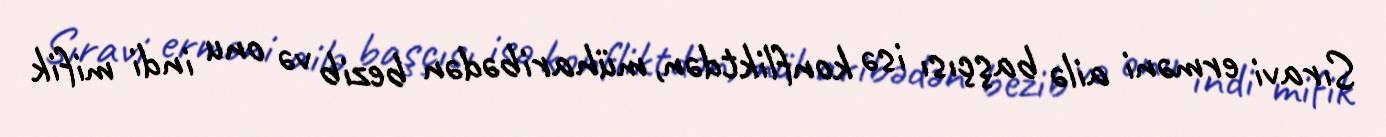
Sıravi erməni ailə başçısı isə konfliktdən, müharibədən bezib və onu indi mifik